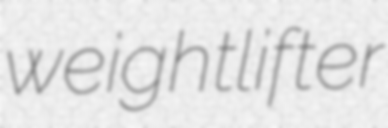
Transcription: weightlifter